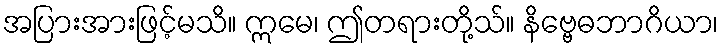
အပြားအားဖြင့်မသိ။ ဣမေ၊ ဤတရားတို့သ်။ နိဗ္ဗေဓဘာဂိယာ၊